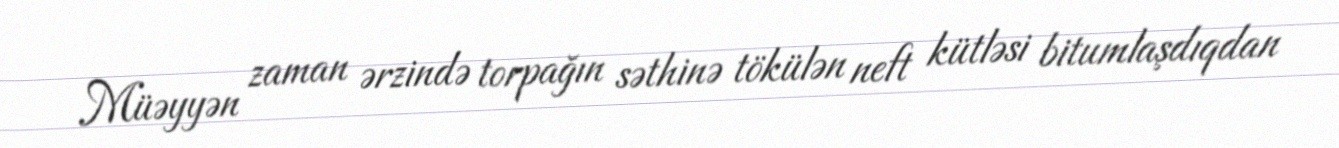
Müəyyən zaman ərzində torpağın səthinə tökülən neft kütləsi bitumlaşdıqdan